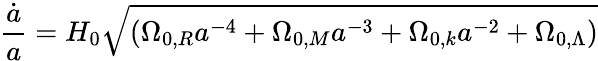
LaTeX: {\frac{\dot{a}}{a}}=H_{0}{\sqrt{(\Omega_{0,R}a^{-4}+\Omega_{0,M}a^{-3}+\Omega_{0,k}a^{-2}+\Omega_{0,\Lambda})}}